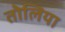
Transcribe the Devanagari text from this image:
तोलिया